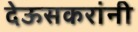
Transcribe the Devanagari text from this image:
देऊसकरांनी